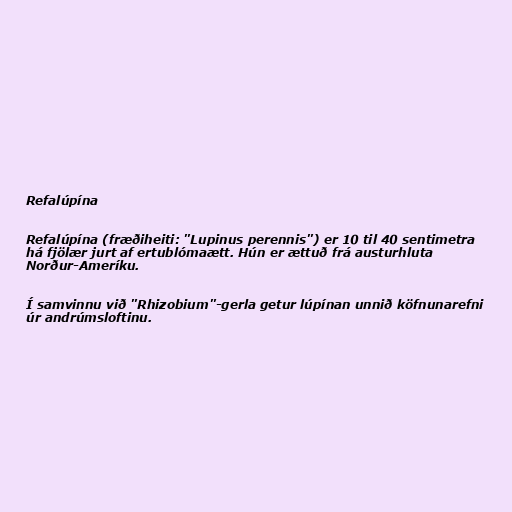
Refalúpína

Refalúpína (fræðiheiti: "Lupinus perennis") er 10 til 40 sentimetra
há fjölær jurt af ertublómaætt. Hún er ættuð frá austurhluta
Norður-Ameríku.

Í samvinnu við "Rhizobium"-gerla getur lúpínan unnið köfnunarefni
úr andrúmsloftinu.